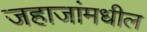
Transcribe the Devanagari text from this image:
जहाजांमधील